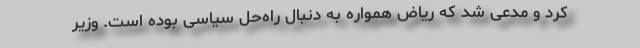
کرد و مدعی شد که ریاض همواره به دنبال راه‌حل سیاسی بوده است. وزیر